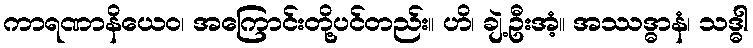
ကာရဏာနိယေဝ၊ အကြောင်းတို့ပင်တည်း။ ဟိ၊ ချဲ့ဦးအံ့။ အဿဒ္ဓာနံ၊ သဒ္ဓါ